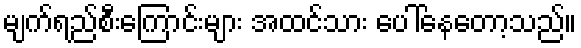
မျက်ရည်စီးကြောင်းများ အထင်သား ပေါ်နေတော့သည်။